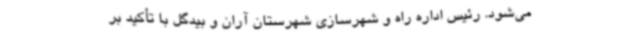
می‌شود. رئیس اداره راه و شهرسازی شهرستان آران و بیدگل با تأکید بر